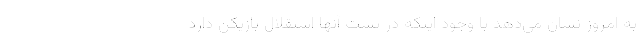
به امروز نشان می‌دهد با وجود اینکه در پست آنها استقلال بازیکن دارد